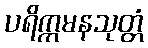
ပရိက္ကမနသုတ္တံ